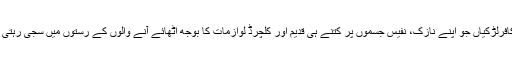
یہ کافرلڑکیاں جو اپنے نازک، نفیس جسموں پر کتنے ہی قدیم اور کلچرڈ لوازمات کا بوجھ اُٹھائے آنے والوں کے رستوں میں سجی رہتی ہیں۔